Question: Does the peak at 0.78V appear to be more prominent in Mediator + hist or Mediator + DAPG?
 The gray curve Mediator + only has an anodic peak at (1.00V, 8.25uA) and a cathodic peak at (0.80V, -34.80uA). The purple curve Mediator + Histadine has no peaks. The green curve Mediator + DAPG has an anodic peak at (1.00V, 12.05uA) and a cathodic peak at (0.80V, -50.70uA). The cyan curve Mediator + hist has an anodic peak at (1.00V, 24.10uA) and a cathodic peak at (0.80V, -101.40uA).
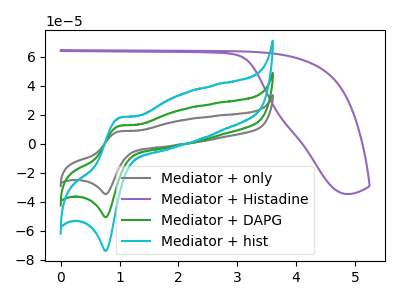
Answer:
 <answer>The peak at 0.78V is higher in "Mediator + hist" than in "Mediator + DAPG".</answer>
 <eval>higher</eval>